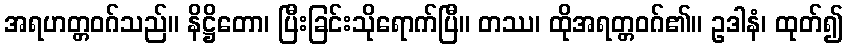
အရဟတ္တဝဂ်သည်။ နိဋ္ဌိတော၊ ပြီးခြင်းသိုရောက်ပြီ။ တဿ၊ ထိုအရတ္တဝဂ်၏။ ဥဒါနံ၊ ထုတ်၍